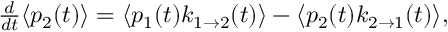
\begin{array} { r } { \frac { d } { d t } \langle p _ { 2 } ( t ) \rangle = \langle p _ { 1 } ( t ) k _ { 1 \rightarrow 2 } ( t ) \rangle - \langle p _ { 2 } ( t ) k _ { 2 \rightarrow 1 } ( t ) \rangle , } \end{array}